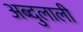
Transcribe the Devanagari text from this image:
अब्दुलाली